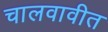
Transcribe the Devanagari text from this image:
चालवावीत